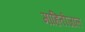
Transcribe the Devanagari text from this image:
माहितीजाल